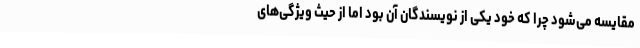
مقایسه می‌شود چرا که خود یکی از نویسندگان آن بود اما از حیث ویژگی‌های